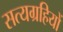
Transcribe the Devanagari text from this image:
सत्यग्रहियों